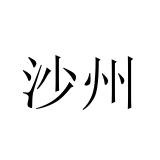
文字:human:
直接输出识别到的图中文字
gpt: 沙州